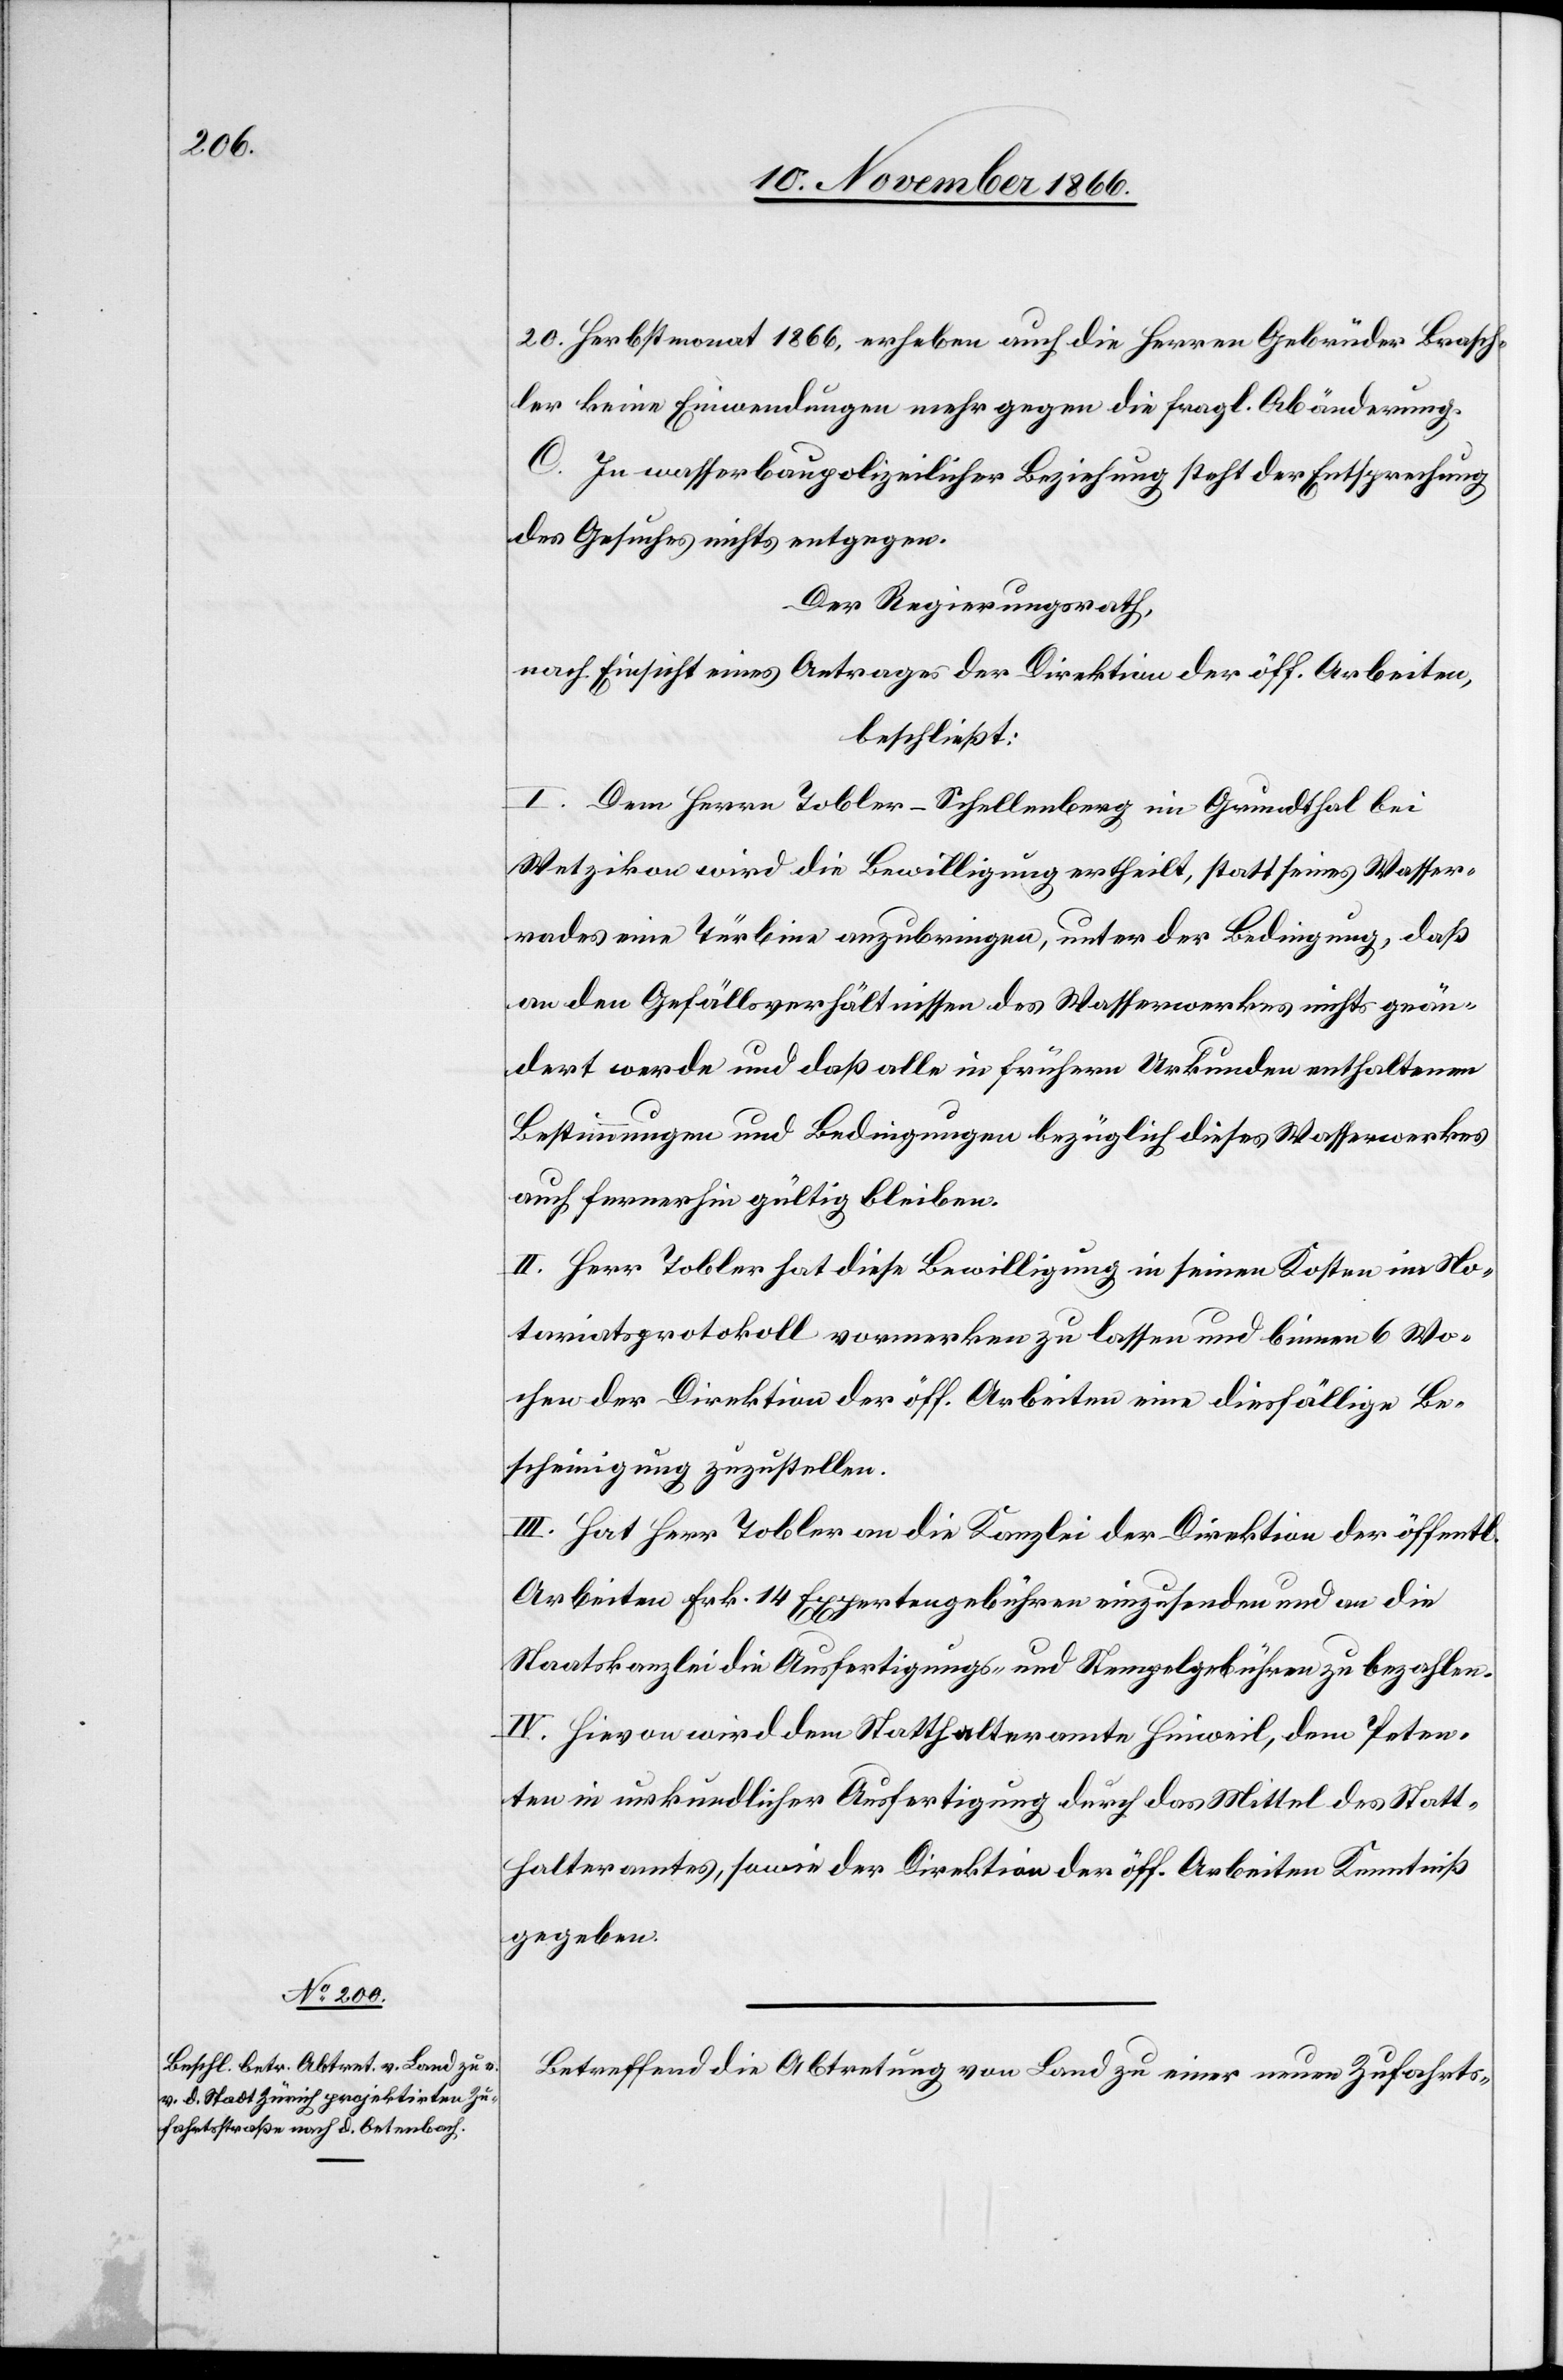
20. Herbstmonat 1866, erheben auch die Herren Gebrüder Brasch¬
ler keine Einwendungen mehr gegen die fragl. Abänderung.
C. In wasserbaupolizeilicher Beziehung steht der Entsprechung
des Gesuches nichts entgegen.
Der Regierungsrath,
nach Einsicht eines Antrages der Direktion der öff. Arbeiten,
beschließt:
I. Dem Herrn Tobler-Schellenberg im Grundthal bei
Wetzikon wird die Bewilligung ertheilt, statt seines Wasser¬
rades eine Türbine anzubringen, unter der Bedingung, daß
an den Gefällsverhältnissen des Wasserwerkes nichts geän¬
dert werde und daß alle in frühern Urkunden enthaltenen
Bestimmungen und Bedingungen bezüglich dieses Wasserwerkes
auch fernerhin gültig bleiben.
II. Herr Tobler hat diese Bewilligung in seinen Kosten ins No¬
tariatsprotokoll vormerken zu lassen und binnen 6 Wo¬
chen der Direktion der öff. Arbeiten eine diesfällige Be¬
scheinigung zuzustellen.
III. Hat Herr Tobler an die Kanzlei der Direktion der öffentl.
Arbeiten Frk. 14 Expertengebühren einzusenden und an die
Staatskanzlei die Ausfertigungs- und Stempelgebühren zu bezahlen.
IV. Hievon wird dem Statthalteramte Hinweil, dem Peten¬
ten in urkundlicher Ausfertigung durch das Mittel des Statt¬
halteramtes, sowie der Direktion der öff. Arbeiten Kenntniß
gegeben.
Betreffend die Abtretung von Land zu einer neuen Zufahrts-